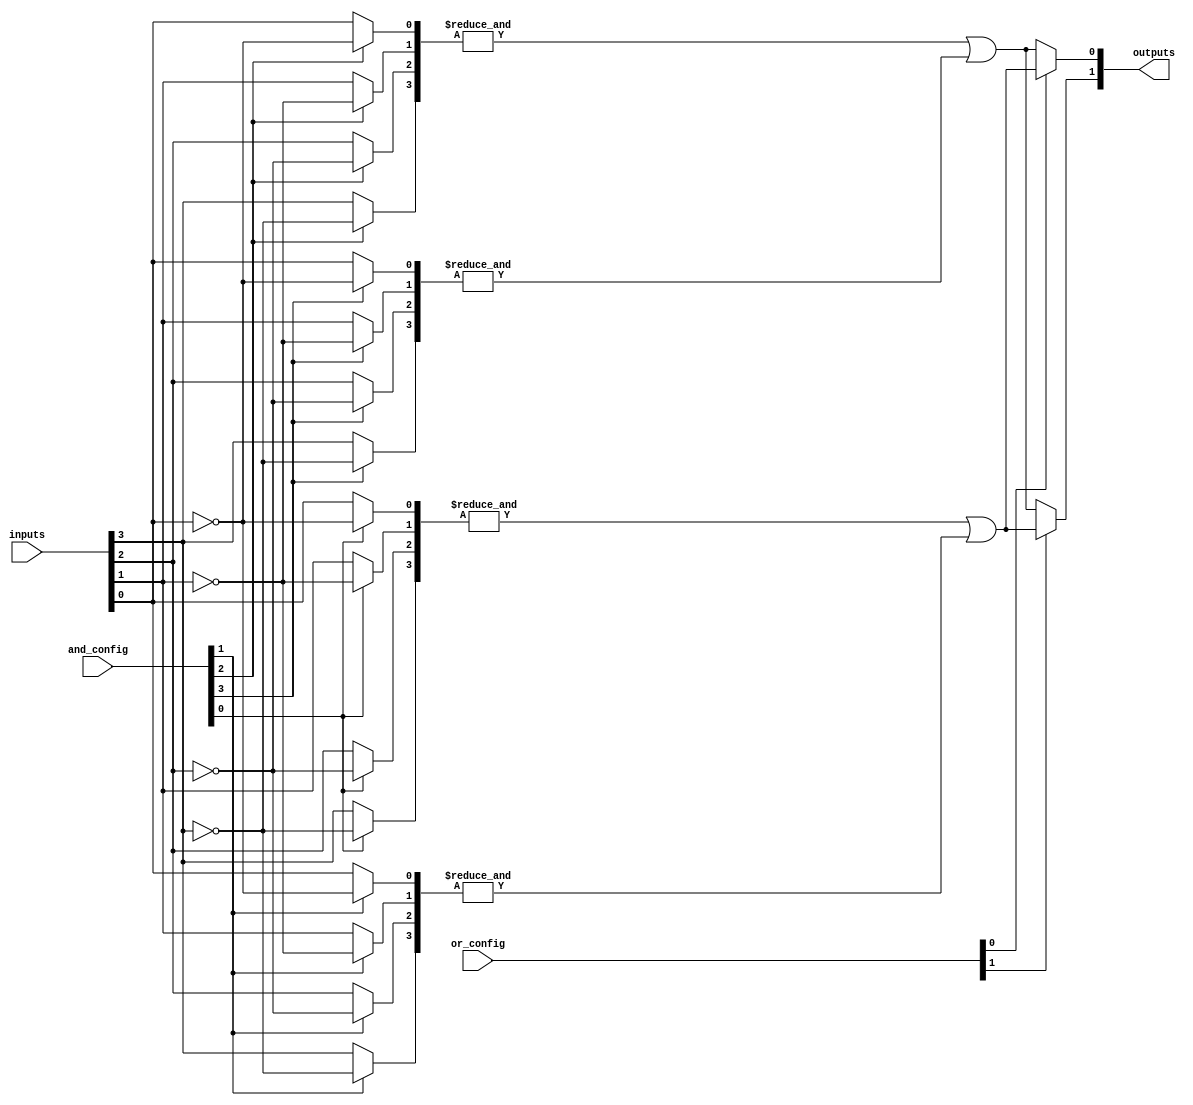
module SPAL #(parameter NUM_INPUTS = 4,       // Number of inputs (e.g., A, B, C, D)
              parameter NUM_AND_GATES = 8,    // Number of programmable AND gates
              parameter NUM_OUTPUTS = 2        // Number of outputs
             ) (
    input wire [NUM_INPUTS-1:0] inputs,        // Input signals (A, B, C, D)
    input wire [NUM_AND_GATES-1:0] and_config, // Configuration for AND gates (1 for normal, 0 for inverted)
    input wire [NUM_OUTPUTS-1:0] or_config,    // Configuration for OR gates (selecting AND outputs)
    output wire [NUM_OUTPUTS-1:0] outputs       // Output signals
);

// Internal wires for AND gate outputs
wire [NUM_AND_GATES-1:0] and_outputs;

// Programmable AND array
genvar i, j;
generate
    for (i = 0; i < NUM_AND_GATES; i = i + 1) begin: and_array
        wire [NUM_INPUTS-1:0] and_inputs;
        assign and_inputs = { 
            (and_config[i] ? ~inputs[NUM_INPUTS-1] : inputs[NUM_INPUTS-1]), // Inverted or normal input
            (and_config[i] ? ~inputs[NUM_INPUTS-2] : inputs[NUM_INPUTS-2]),
            (and_config[i] ? ~inputs[NUM_INPUTS-3] : inputs[NUM_INPUTS-3]),
            (and_config[i] ? ~inputs[NUM_INPUTS-4] : inputs[NUM_INPUTS-4])
        };
        assign and_outputs[i] = &and_inputs; // AND operation
    end
endgenerate

// Fixed OR array
generate
    for (j = 0; j < NUM_OUTPUTS; j = j + 1) begin: or_array
        assign outputs[j] = or_config[j] ? (and_outputs[0] | and_outputs[1]) : (and_outputs[2] | and_outputs[3]);
        // Extend the logic to connect more AND outputs as needed
    end
endgenerate

endmodule